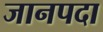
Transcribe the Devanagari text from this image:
जानपदा